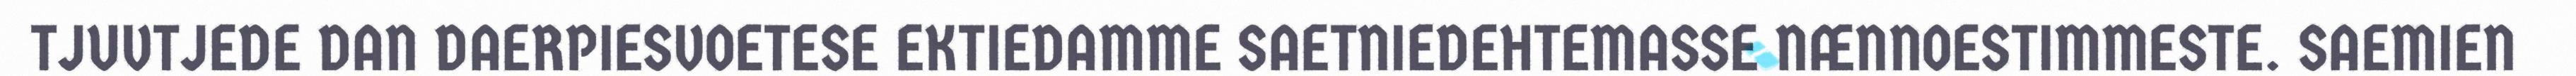
TJUVTJEDE DAN DAERPIESVOETESE EKTIEDAMME SAETNIEDEHTEMASSE NÆNNOESTIMMESTE. SAEMIEN